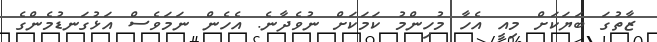
ޒާތުގަ ބަޔަކަށް މިއީ އެހާ މުހިންމު ކަމަކަށް ނުވެދާނެ. އެހެން ނަމަވެސް އަޅުގަނޑުމެންގެ